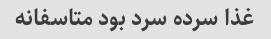
غذا سرده سرد بود متاسفانه